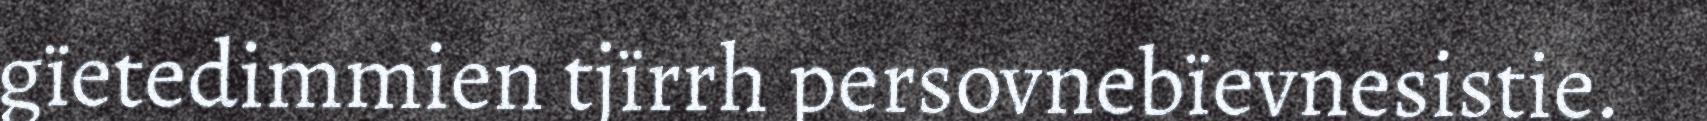
gïetedimmien tjïrrh persovnebïevnesistie.